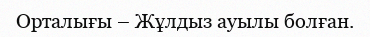
Орталығы – Жұлдыз ауылы болған.